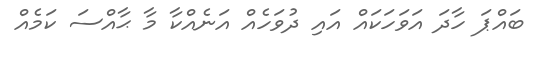
ބައްޕަ ހާދަ އަވަހަކައް އައި ދުވަހެއް އަނެއްކާ މާ ޙާއްސަ ކަމެއް